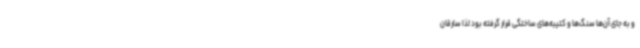
و به جای آن‌ها سنگ‌ها و کتیبه‌های ساختگی قرار گرفته بود لذا سارقان